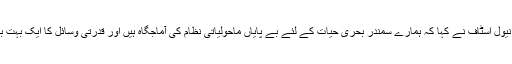
چیف آف دی نیول اسٹاف نے کہا کہ ہمارے سمندر بحری حیات کے لئے بے پایاں ماحولیاتی نظام کی آماجگاہ ہیں اور قدرتی وسائل کا ایک بہت بڑا ذخیرہ ہیں۔